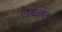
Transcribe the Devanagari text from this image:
टोटलस